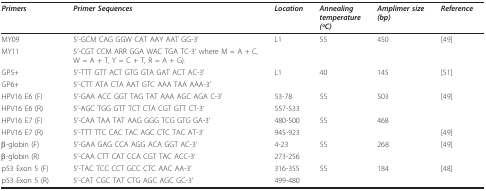
<table><thead><tr><td><b><i>Primers</i></b></td><td><b><i>Primer Sequences</i></b></td><td><b><i>Location</i></b></td><td><b><i>Annealing</i><i>temperature</i><i>(oC)</i></b></td><td><b><i>Amplimer size</i><i>(bp)</i></b></td><td><b><i>Reference</i></b></td></tr></thead><tbody><tr><td>MY09</td><td>5&#x27;-GCM CAG GGW CAT AAY AAT GG-3&#x27;</td><td>L1</td><td>55</td><td>450</td><td>[49]</td></tr><tr><td>MY11</td><td>5&#x27;-CGT CCM ARR GGA WAC TGA TC-3&#x27; where M = A + C, W = A + T, Y = C + T, R = A + G).</td><td></td><td></td><td></td><td></td></tr><tr><td>GP5+</td><td>5&#x27;-TTT GTT ACT GTG GTA GAT ACT AC-3&#x27;</td><td>L1</td><td>40</td><td>145</td><td>[51]</td></tr><tr><td>GP6+</td><td>5&#x27;-CTT ATA CTA AAT GTC AAA TAA AAA-3&#x27;</td><td></td><td></td><td></td><td></td></tr><tr><td>HPV16 E6 (F)</td><td>5&#x27;-GAA ACC GGT TAG TAT AAA AGC AGA C-3&#x27;</td><td>53-78</td><td>55</td><td>503</td><td>[49]</td></tr><tr><td>HPV16 E6 (R)</td><td>5&#x27;-AGC TGG GTT TCT CTA CGT GTT CT-3&#x27;</td><td>557-533</td><td></td><td></td><td></td></tr><tr><td>HPV16 E7 (F)</td><td>5&#x27;-CAA TAA TAT AAG GGG TCG GTG GA-3&#x27;</td><td>480-500</td><td>55</td><td>468</td><td></td></tr><tr><td>HPV16 E7 (R)</td><td>5&#x27;-TTT TTC CAC TAC AGC CTC TAC AT-3&#x27;</td><td>945-923</td><td></td><td></td><td>[49]</td></tr><tr><td>β-globin (F)</td><td>5&#x27;-GAA GAG CCA AGG ACA GGT AC-3&#x27;</td><td>4-23</td><td>55</td><td>268</td><td>[49]</td></tr><tr><td>β-globin (R)</td><td>5&#x27;-CAA CTT CAT CCA CGT TAC ACC-3&#x27;</td><td>273-256</td><td></td><td></td><td></td></tr><tr><td>p53 Exon 5 (F)</td><td>5&#x27;-TAC TCC CCT GCC CTC AAC AA-3&#x27;</td><td>316-355</td><td>55</td><td>184</td><td>[48]</td></tr><tr><td>p53 Exon 5 (R)</td><td>5&#x27;-CAT CGC TAT CTG AGC AGC GC-3&#x27;</td><td>499-480</td><td></td><td></td><td></td></tr></tbody></table>